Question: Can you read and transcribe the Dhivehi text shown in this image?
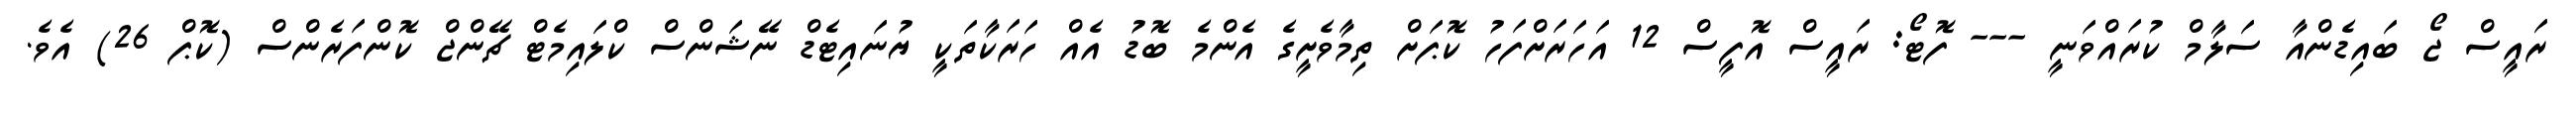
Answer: ރައީސް ޖޯ ބައިޑެންއާ ސަލާމް ކުރައްވަނީ --- ފޮޓޯ: ރައީސް އޮފީސް 12 އަހަރަށްފަހު ކޮޕަށް ތިމާވެށީގެ އެންމެ ބޮޑު އެއް ހަރަކާތަކީ ޔުނައިޓެޑް ނޭޝަންސް ކްލައިމެޓް ޗޭންޖް ކޮންފަރެންސް (ކޮޕް 26) އެވެ.